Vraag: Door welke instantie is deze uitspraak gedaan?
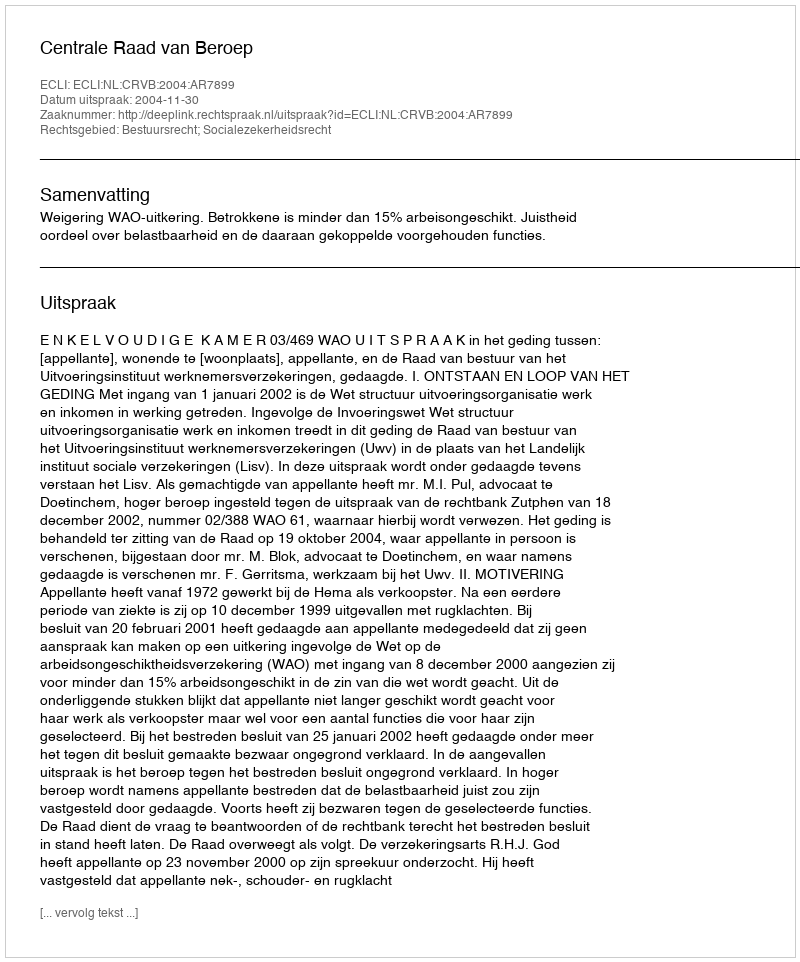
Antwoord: Centrale Raad van Beroep